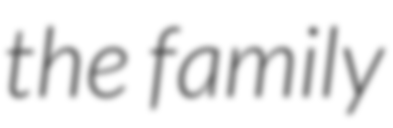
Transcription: the family